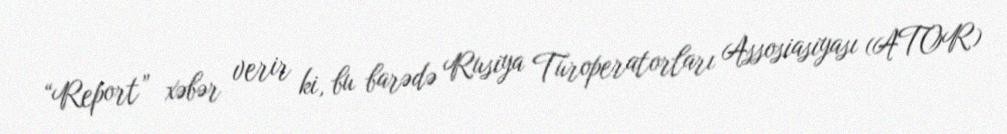
“Report” xəbər verir ki, bu barədə Rusiya Turoperatorları Assosiasiyası (ATOR)